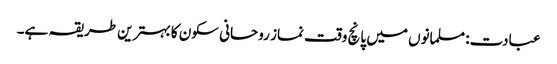
عبادت: مسلمانوں میں پانچ وقت نماز روحانی سکون کا بہترین طریقہ ہے۔